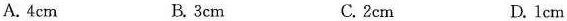
A.4cm B.3cm C.2cm D.1cm